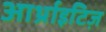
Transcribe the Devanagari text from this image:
आर्थ्राइटिज़